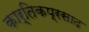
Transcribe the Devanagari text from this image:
कार्तिकप्रसाद